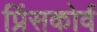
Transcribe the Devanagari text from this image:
प्रिंसकोर्व